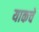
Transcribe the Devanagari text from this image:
याकचे